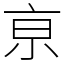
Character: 亰